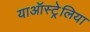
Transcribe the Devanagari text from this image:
याऑस्ट्रेलिया